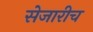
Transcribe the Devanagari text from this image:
सेजारीच